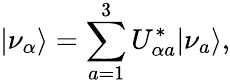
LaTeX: \vert\nu_{\alpha}\rangle=\sum_{a=1}^{3}U_{\alpha a}^{\ast}\vert\nu_{a}\rangle,